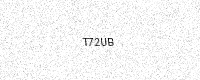
Text: T72UB